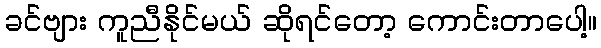
ခင်ဗျား ကူညီနိုင်မယ် ဆိုရင်တော့ ကောင်းတာပေါ့။